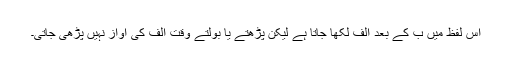
اس لفظ میں ب کے بعد الف لکھا جاتا ہے لیکن پڑھتے یا بولتے وقت الف کی آواز نہیں پڑھی جاتی۔